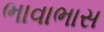
ભાવાભાસ